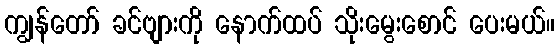
ကျွန်တော် ခင်ဗျားကို နောက်ထပ် သိုးမွေးစောင် ပေးမယ်။